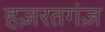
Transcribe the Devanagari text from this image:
हज़रतगंज़